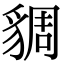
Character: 𧳜